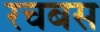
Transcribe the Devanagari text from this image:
रचबस